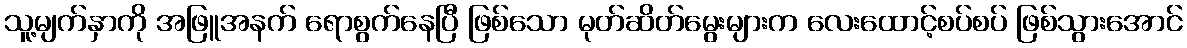
သူ့မျက်နှာကို အဖြူအနက် ရောစွက်နေပြီ ဖြစ်သော မုတ်ဆိတ်မွေးများက လေးထောင့်စပ်စပ် ဖြစ်သွားအောင်